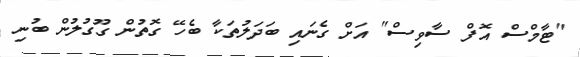
"ޓާމްސް އޮފް ސާވިސް" އަށް ގެނައި ބަދަލުތަކާ ބެހޭ ގޮތުން ގޫގުލުން ބުނި